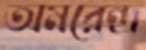
অমরেন্দ্র